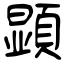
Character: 顕